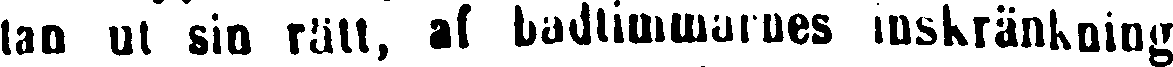
tan ut sin rått, af badtimmarnes inskränkning